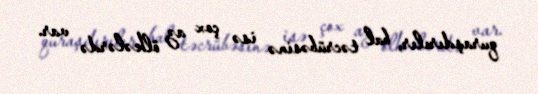
quraşdırılır, bal təcrübəsinə isə çox az ölkələrdə var.